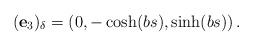
LaTeX: \begin{align*}(\mathbf{e}_{3})_{\delta}=\left( 0,-\cosh (bs),\sinh (bs)\right).\end{align*}